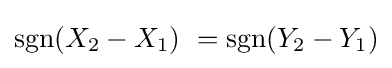
\operatorname {sgn}(X_{2}-X_{1})\ =\operatorname {sgn}(Y_{2}-Y_{1})